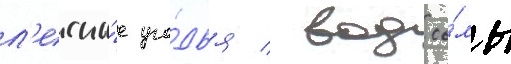
л'есны́е уго́дья / водоо́мы